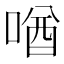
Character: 𪡧